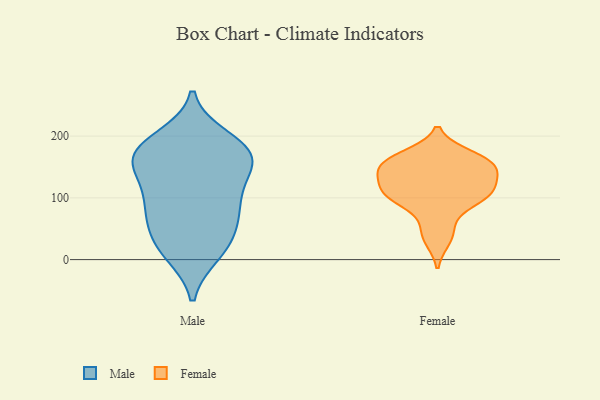
{"axis": {"x": "Page Views", "y": "Value"}, "legend": ["Female", "Male"], "data": [{"x": "", "y": 76, "type": "Male"}, {"x": "", "y": 114, "type": "Male"}, {"x": "", "y": 196, "type": "Male"}, {"x": "", "y": 23, "type": "Male"}, {"x": "", "y": 152, "type": "Male"}, {"x": "", "y": 48, "type": "Male"}, {"x": "", "y": 16, "type": "Male"}, {"x": "", "y": 91, "type": "Male"}, {"x": "", "y": 178, "type": "Male"}, {"x": "", "y": 65, "type": "Male"}, {"x": "", "y": 99, "type": "Male"}, {"x": "", "y": 161, "type": "Male"}, {"x": "", "y": 168, "type": "Male"}, {"x": "", "y": 10, "type": "Male"}, {"x": "", "y": 176, "type": "Male"}, {"x": "", "y": 147, "type": "Male"}, {"x": "", "y": 179, "type": "Male"}, {"x": "", "y": 169, "type": "Female"}, {"x": "", "y": 160, "type": "Female"}, {"x": "", "y": 92, "type": "Female"}, {"x": "", "y": 151, "type": "Female"}, {"x": "", "y": 107, "type": "Female"}, {"x": "", "y": 151, "type": "Female"}, {"x": "", "y": 51, "type": "Female"}, {"x": "", "y": 122, "type": "Female"}, {"x": "", "y": 137, "type": "Female"}, {"x": "", "y": 107, "type": "Female"}, {"x": "", "y": 32, "type": "Female"}, {"x": "", "y": 164, "type": "Female"}, {"x": "", "y": 142, "type": "Female"}, {"x": "", "y": 99, "type": "Female"}, {"x": "", "y": 108, "type": "Female"}]}